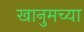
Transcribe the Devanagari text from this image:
खानुमच्या